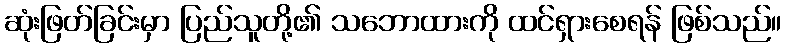
ဆုံးဖြတ်ခြင်းမှာ ပြည်သူတို့၏ သဘောထားကို ထင်ရှားစေရန် ဖြစ်သည်။